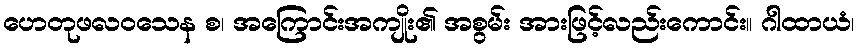
ဟေတုဖလဝသေန စ၊ အကြောင်းအကျိုး၏ အစွမ်း အားဖြင့်လည်းကောင်း။ ဂါထာယံ၊